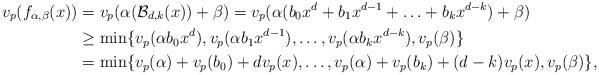
LaTeX: \begin{align*} v_p(f_{\alpha, \beta}(x)) &= v_p(\alpha(\mathcal{B}_{d,k}(x)) + \beta) = v_p(\alpha(b_0x^d + b_1 x^{d-1} + \ldots + b_k x^{d-k})+\beta)\\ &\geq \min \{v_p(\alpha b_0 x^d), v_p(\alpha b_1 x^{d-1}), \ldots , v_p(\alpha b_k x^{d-k}), v_p(\beta) \}\\ &= \min \{ v_p(\alpha) + v_p(b_0) + d v_p(x), \ldots, v_p(\alpha) + v_p(b_k) + (d-k) v_p(x), v_p(\beta) \},\end{align*}